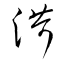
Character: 渮